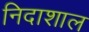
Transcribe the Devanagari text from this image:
निदाशाल